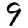
Digit: 9